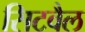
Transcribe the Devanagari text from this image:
सिटवैल